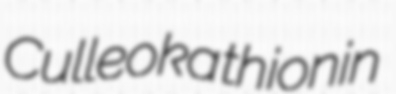
Culleoka thionin